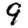
Digit: 9